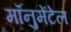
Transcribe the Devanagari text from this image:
मॉनुमेंटेल